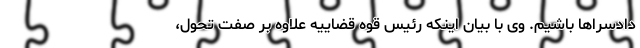
دادسراها باشیم. وی با بیان اینکه رئیس قوه قضاییه علاوه بر صفت تحول،